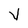
Character: y